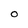
Character: O